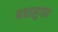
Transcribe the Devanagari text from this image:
श्रधालुगन